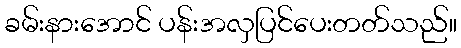
ခမ်းနားအောင် ပန်းအလှပြင်ပေးတတ်သည်။